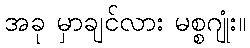
အခု မှာချင်လား မစ္စဂျုံး။